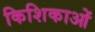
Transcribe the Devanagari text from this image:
किशिकाओं